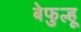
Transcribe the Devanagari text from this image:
बेफुल्हू